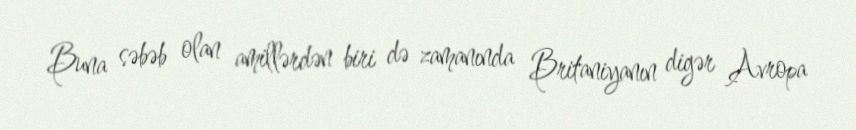
Buna səbəb olan amillərdən biri də zamanında Britaniyanın digər Avropa